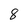
Character: 8